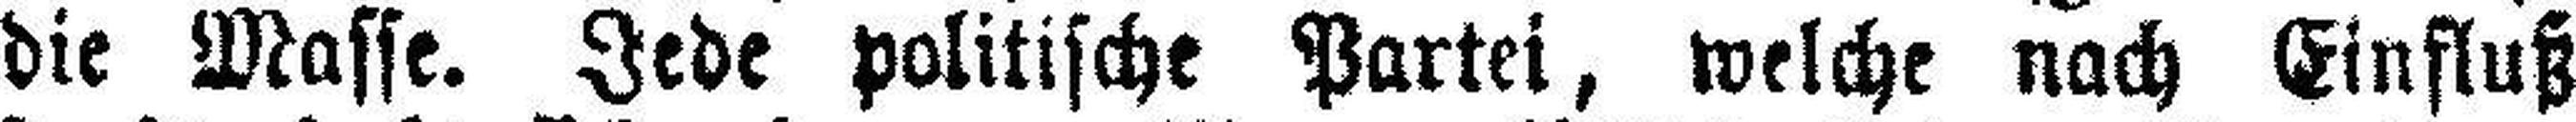
die Masse. Jede politische Partei, welche nach Einfluß